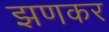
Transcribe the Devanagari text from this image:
झणकर